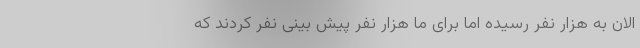
الان به هزار نفر رسیده اما برای ما هزار نفر پیش بینی نفر کردند که